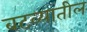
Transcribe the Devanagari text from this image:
बटव्यातील